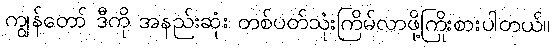
ကျွန်တော် ဒီကို အနည်းဆုံး တစ်ပတ်သုံးကြိမ်လာဖို့ကြိုးစားပါတယ်။